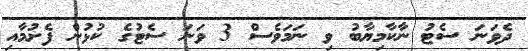
ދެވަނަ ސެޓު ނާކާމިޔާބު ވި ނަމަވެސް 3 ވަނަ ސެޓުގެ ކުޅުން ފެށުމާއި